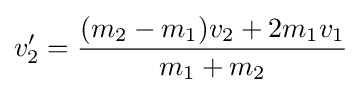
v_{2}^{\prime }={\frac {(m_{2}-m_{1})v_{2}+2m_{1}v_{1}}{m_{1}+m_{2}}}